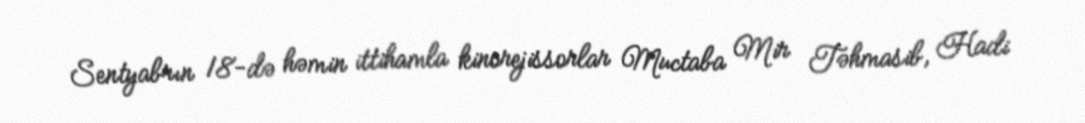
Sentyabrın 18-də həmin ittihamla kinorejissorlar Muctaba Mir Təhmasib, Hadi